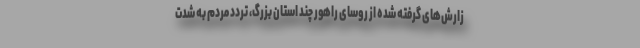
زارش‌های گرفته شده از روسای راهور چند استان بزرگ، تردد مردم به شدت